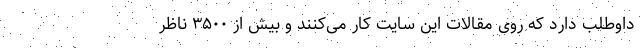
داوطلب دارد که روی مقالات این سایت کار می‌کنند و بیش از ۳۵۰۰ ناظر